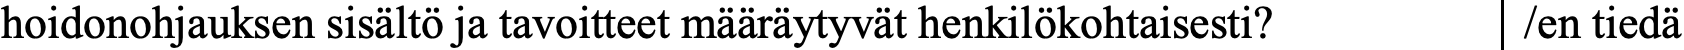
hoidonohjauksen sisältö ja tavoitteet määräytyvät henkilökohtaisesti? /en tiedä